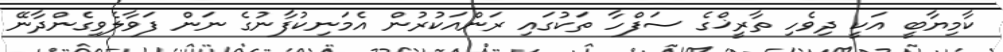
ކާމިޔާބީ އަކީ ދިވެހި ތާރީޚްގެ ސަފްހާ ތަކުގައި ރަންއަކުރުން އެމަނިކުފާނުގެ ނަން ފަވާލެވިގެންދާނޭ